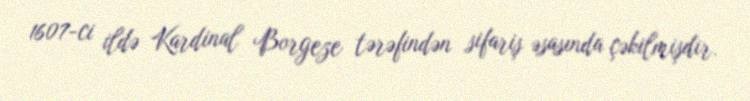
1607-ci ildə Kardinal Borgeze tərəfindən sifariş əsasında çəkilmişdir.